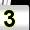
Digit: 3